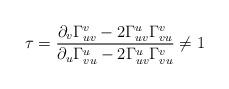
LaTeX: \begin{align*} \tau=\frac{\partial_v\Gamma_{uv}^v-2\Gamma_{uv}^u\Gamma_{vu}^v}{\partial_u\Gamma_{vu}^u-2\Gamma_{uv}^u\Gamma_{vu}^v}\neq 1 \end{align*}